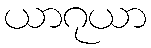
ယာဂုယာ